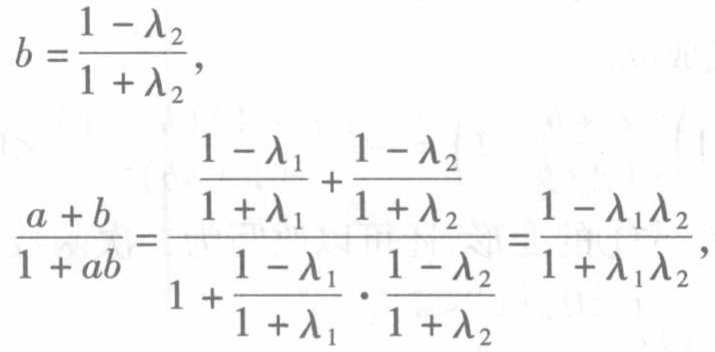
\[
b = \frac{1 - \lambda_2}{1 + \lambda_2},
\]
\[
\frac{a + b}{1 + ab} = \frac{\frac{1 - \lambda_1}{1 + \lambda_1} + \frac{1 - \lambda_2}{1 + \lambda_2}}{1 + \frac{1 - \lambda_1}{1 + \lambda_1} \cdot \frac{1 - \lambda_2}{1 + \lambda_2}} = \frac{1 - \lambda_1\lambda_2}{1 + \lambda_1\lambda_2},
\]